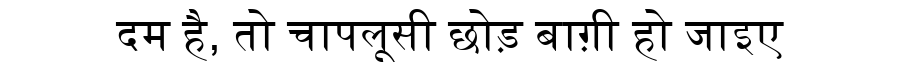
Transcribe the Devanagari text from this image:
दम है, तो चापलूसी छोड़ बाग़ी हो जाइए